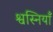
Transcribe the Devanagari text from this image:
श्वस्नियाँ